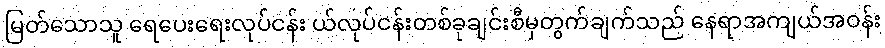
မြတ်သောသူ ရေပေးရေးလုပ်ငန်း ယ်လုပ်ငန်းတစ်ခုချင်းစီမှတွက်ချက်သည် နေရာအကျယ်အဝန်း